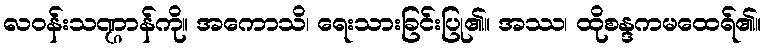
လဝန်းသဏ္ဌာန်ကို။ အကောသိ၊ ရေးသားခြင်းပြု၏။ အဿ၊ ထိုစန္ဒကမထေရ်၏။